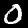
Label: 0